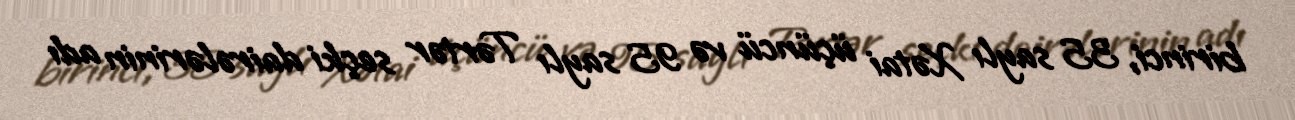
birinci, 35 saylı Xətai üçüncü və 95 saylı Tərtər seçki dairələrinin adı